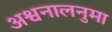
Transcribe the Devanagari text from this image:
अश्वनालनुमा